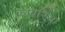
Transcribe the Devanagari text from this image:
काबरिया